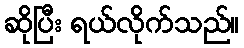
ဆိုပြီး ရယ်လိုက်သည်။